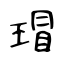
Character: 瑁